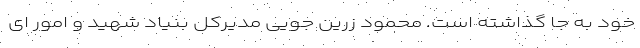
خود به جا گذاشته است. محمود زرین جویی مدیرکل بنیاد شهید و امور ای